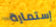
إستمارة